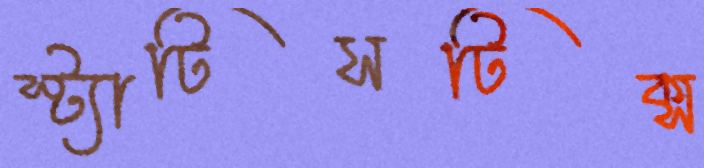
স্ট্যাটিসটিক্স